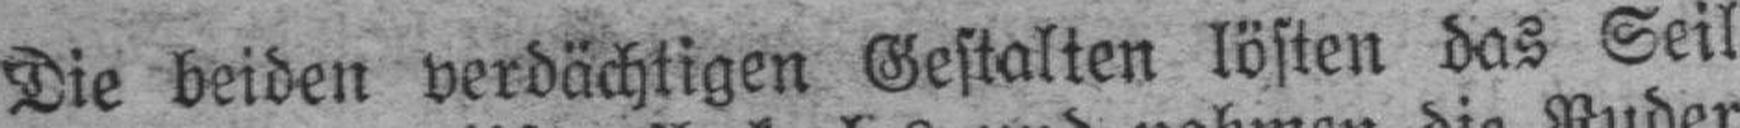
Die beiden verdächtigen Gestalten lösten das Seil